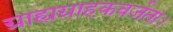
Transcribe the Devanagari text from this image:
ग्राह्यग्राहकवर्जता।